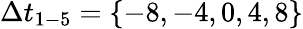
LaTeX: \Delta t_{1-5}=\{ -8,-4,0,4,8\}